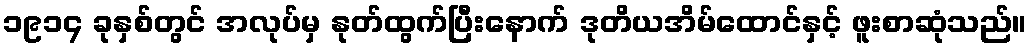
၁၉၁၄ ခုနှစ်တွင် အလုပ်မှ နုတ်ထွက်ပြီးနောက် ဒုတိယအိမ်ထောင်နှင့် ဖူးစာဆုံသည်။